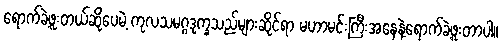
ရောက်ခဲ့ဖူးတယ်ဆိုပေမဲ့ ကုလသမဂ္ဂဒုက္ခသည်များဆိုင်ရာ မဟာမင်းကြီးအနေနဲ့ရောက်ခဲ့ဖူးတာပါ။